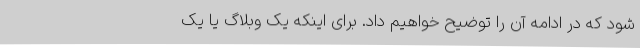
شود که در ادامه آن را توضیح خواهیم داد. برای اینکه یک وبلاگ یا یک